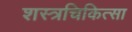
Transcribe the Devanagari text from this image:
शस्त्रचिकित्सा